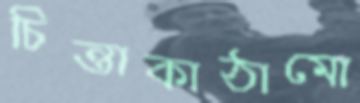
চিন্তাকাঠামো